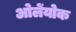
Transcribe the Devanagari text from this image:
ओलेंयोक